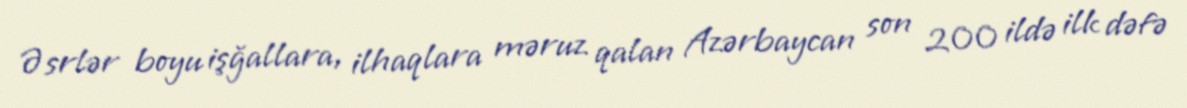
Əsrlər boyu işğallara, ilhaqlara məruz qalan Azərbaycan son 200 ildə ilk dəfə